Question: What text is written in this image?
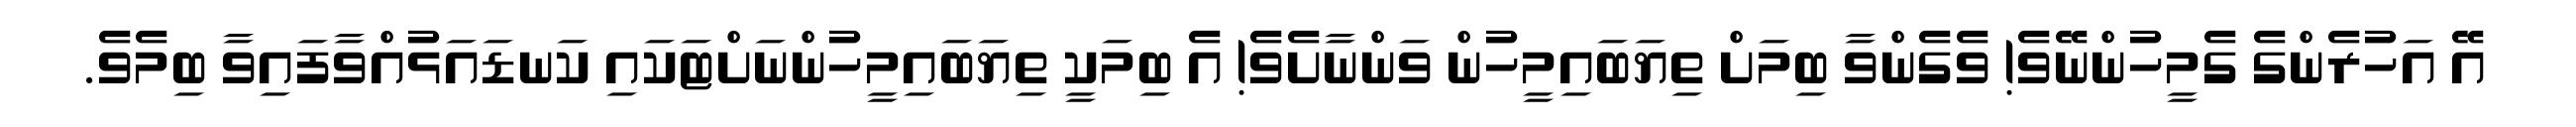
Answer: އޭ އަހުރެންގެ ގެމީހުންނޭވެ! ވެގެންވާ ބިމަށް ތިޔަބައިމީހުން ވަންނާށެވެ! އެ ބިމަކީ ތިޔަބައިމީހުންނަށްޓަކައި ކަނޑައަޅުއްވާފައިވާ ބިމެވެ.